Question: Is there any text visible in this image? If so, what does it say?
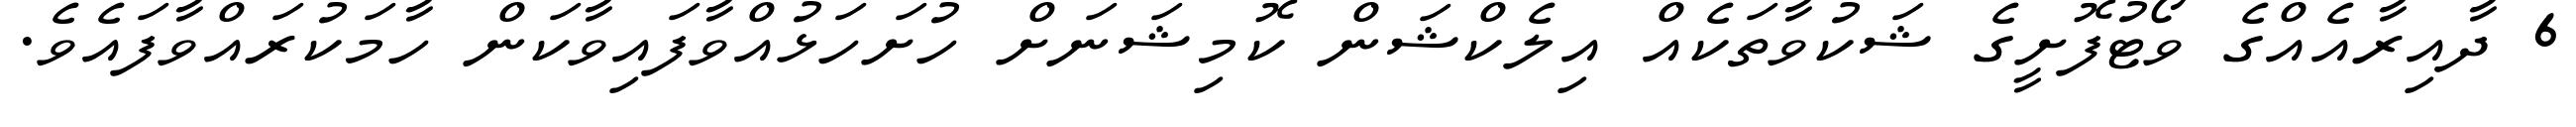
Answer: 6 ދާއިރާއެއްގެ ވޯޓުފޮށީގެ ޝަކުވާތަކެއް އިލެކްޝަން ކޮމިޝަނަށް ހުށަހަޅުއްވާފައިވާކަން ހާމަކުރައްވާފައެވެ.